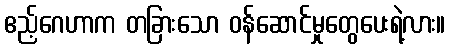
ဧည့်ဂေဟာက တခြားသော ဝန်ဆောင်မှုတွေပေးရဲ့လား။